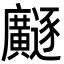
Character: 𫸐